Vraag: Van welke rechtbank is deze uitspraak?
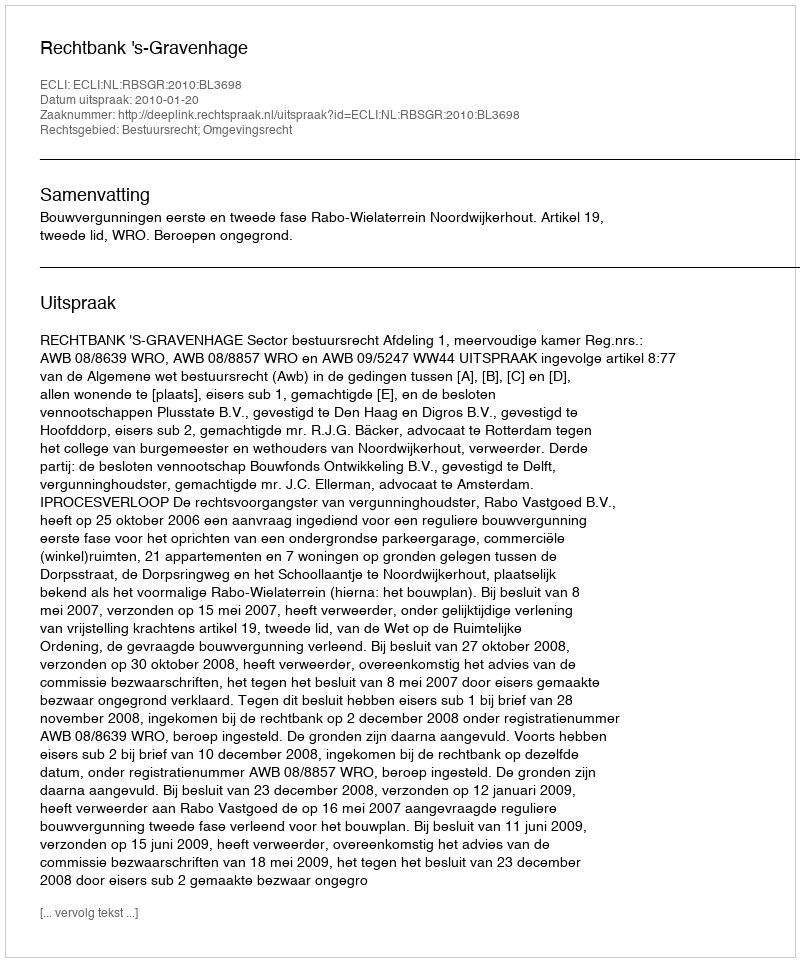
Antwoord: Rechtbank 's-Gravenhage